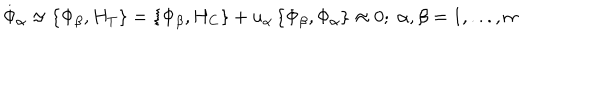
LaTeX: \stackrel { . } { \Phi } _ { \alpha } \approx \left\{ \Phi _ { \beta } , H _ { T } \right\} = \left\{ \Phi _ { \beta } , H _ { C } \right\} + u _ { \alpha } \left\{ \Phi _ { \beta } , \Phi _ { \alpha } \right\} \approx 0 ; \; \alpha , \beta = 1 , . . . , m